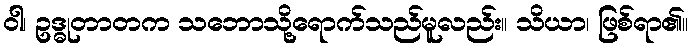
ဝါ၊ ဥဒ္ဓုတာတက သဘောသို့ရောက်သည်မူလည်း။ သိယာ၊ ဖြစ်ရာ၏။